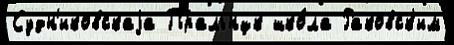
Судн'иковскаjа Пральнцк шко́ла Раковск'им